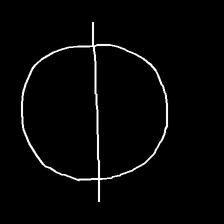
Glyph: orb